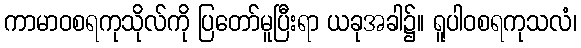
ကာမာဝစရကုသိုလ်ကို ပြတော်မူပြီးရာ ယခုအခါ၌။ ရူပါဝစရကုသလံ၊